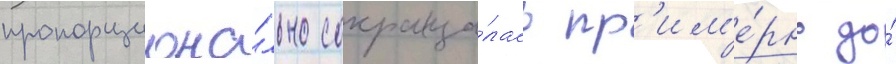
пропорциона́льно сокраща́лась пр'им'е́рно до́